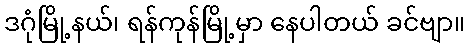
ဒဂုံမြို့နယ်၊ ရန်ကုန်မြို့မှာ နေပါတယ် ခင်ဗျာ။